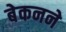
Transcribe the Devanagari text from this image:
बेकनने